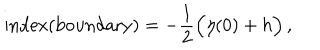
LaTeX: \mathrm { i n d e x ( b o u n d a r y ) } = - \frac { 1 } { 2 } \Big ( \eta ( 0 ) + h \Big ) \, ,